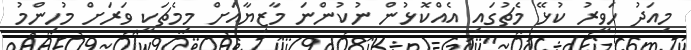
މިއަދު ހަވީރު ކުޅޭ މެޗުގައި އެއްކޮޅުން ނުކުންނަ މާޒިޔާއަށް މިމެޗަކީ ވަރަށް މުހިންމު